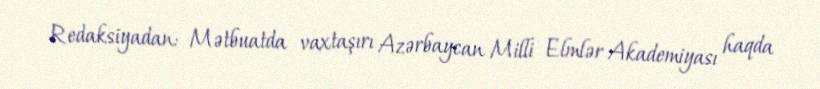
Redaksiyadan: Mətbuatda vaxtaşırı Azərbaycan Milli Elmlər Akademiyası haqda